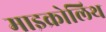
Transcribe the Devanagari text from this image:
माइक्रोलिथ